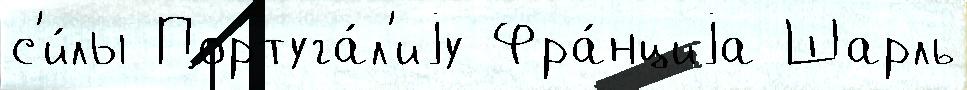
с'и́лы Португа́л'иjу Фра́нциjа Шарль